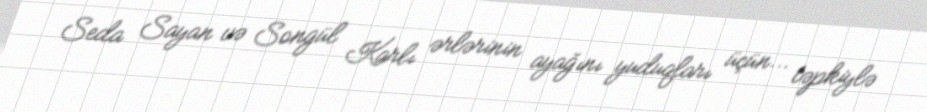
Seda Sayan və Songül Karlı ərlərinin ayağını yuduqları üçün... təpkiylə